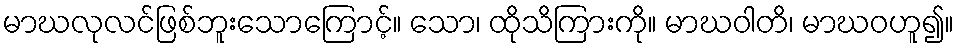
မာဃလုလင်ဖြစ်ဘူးသောကြောင့်။ သော၊ ထိုသိကြားကို။ မာဃဝါတိ၊ မာဃဝဟူ၍။